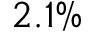
2 . 1 \%